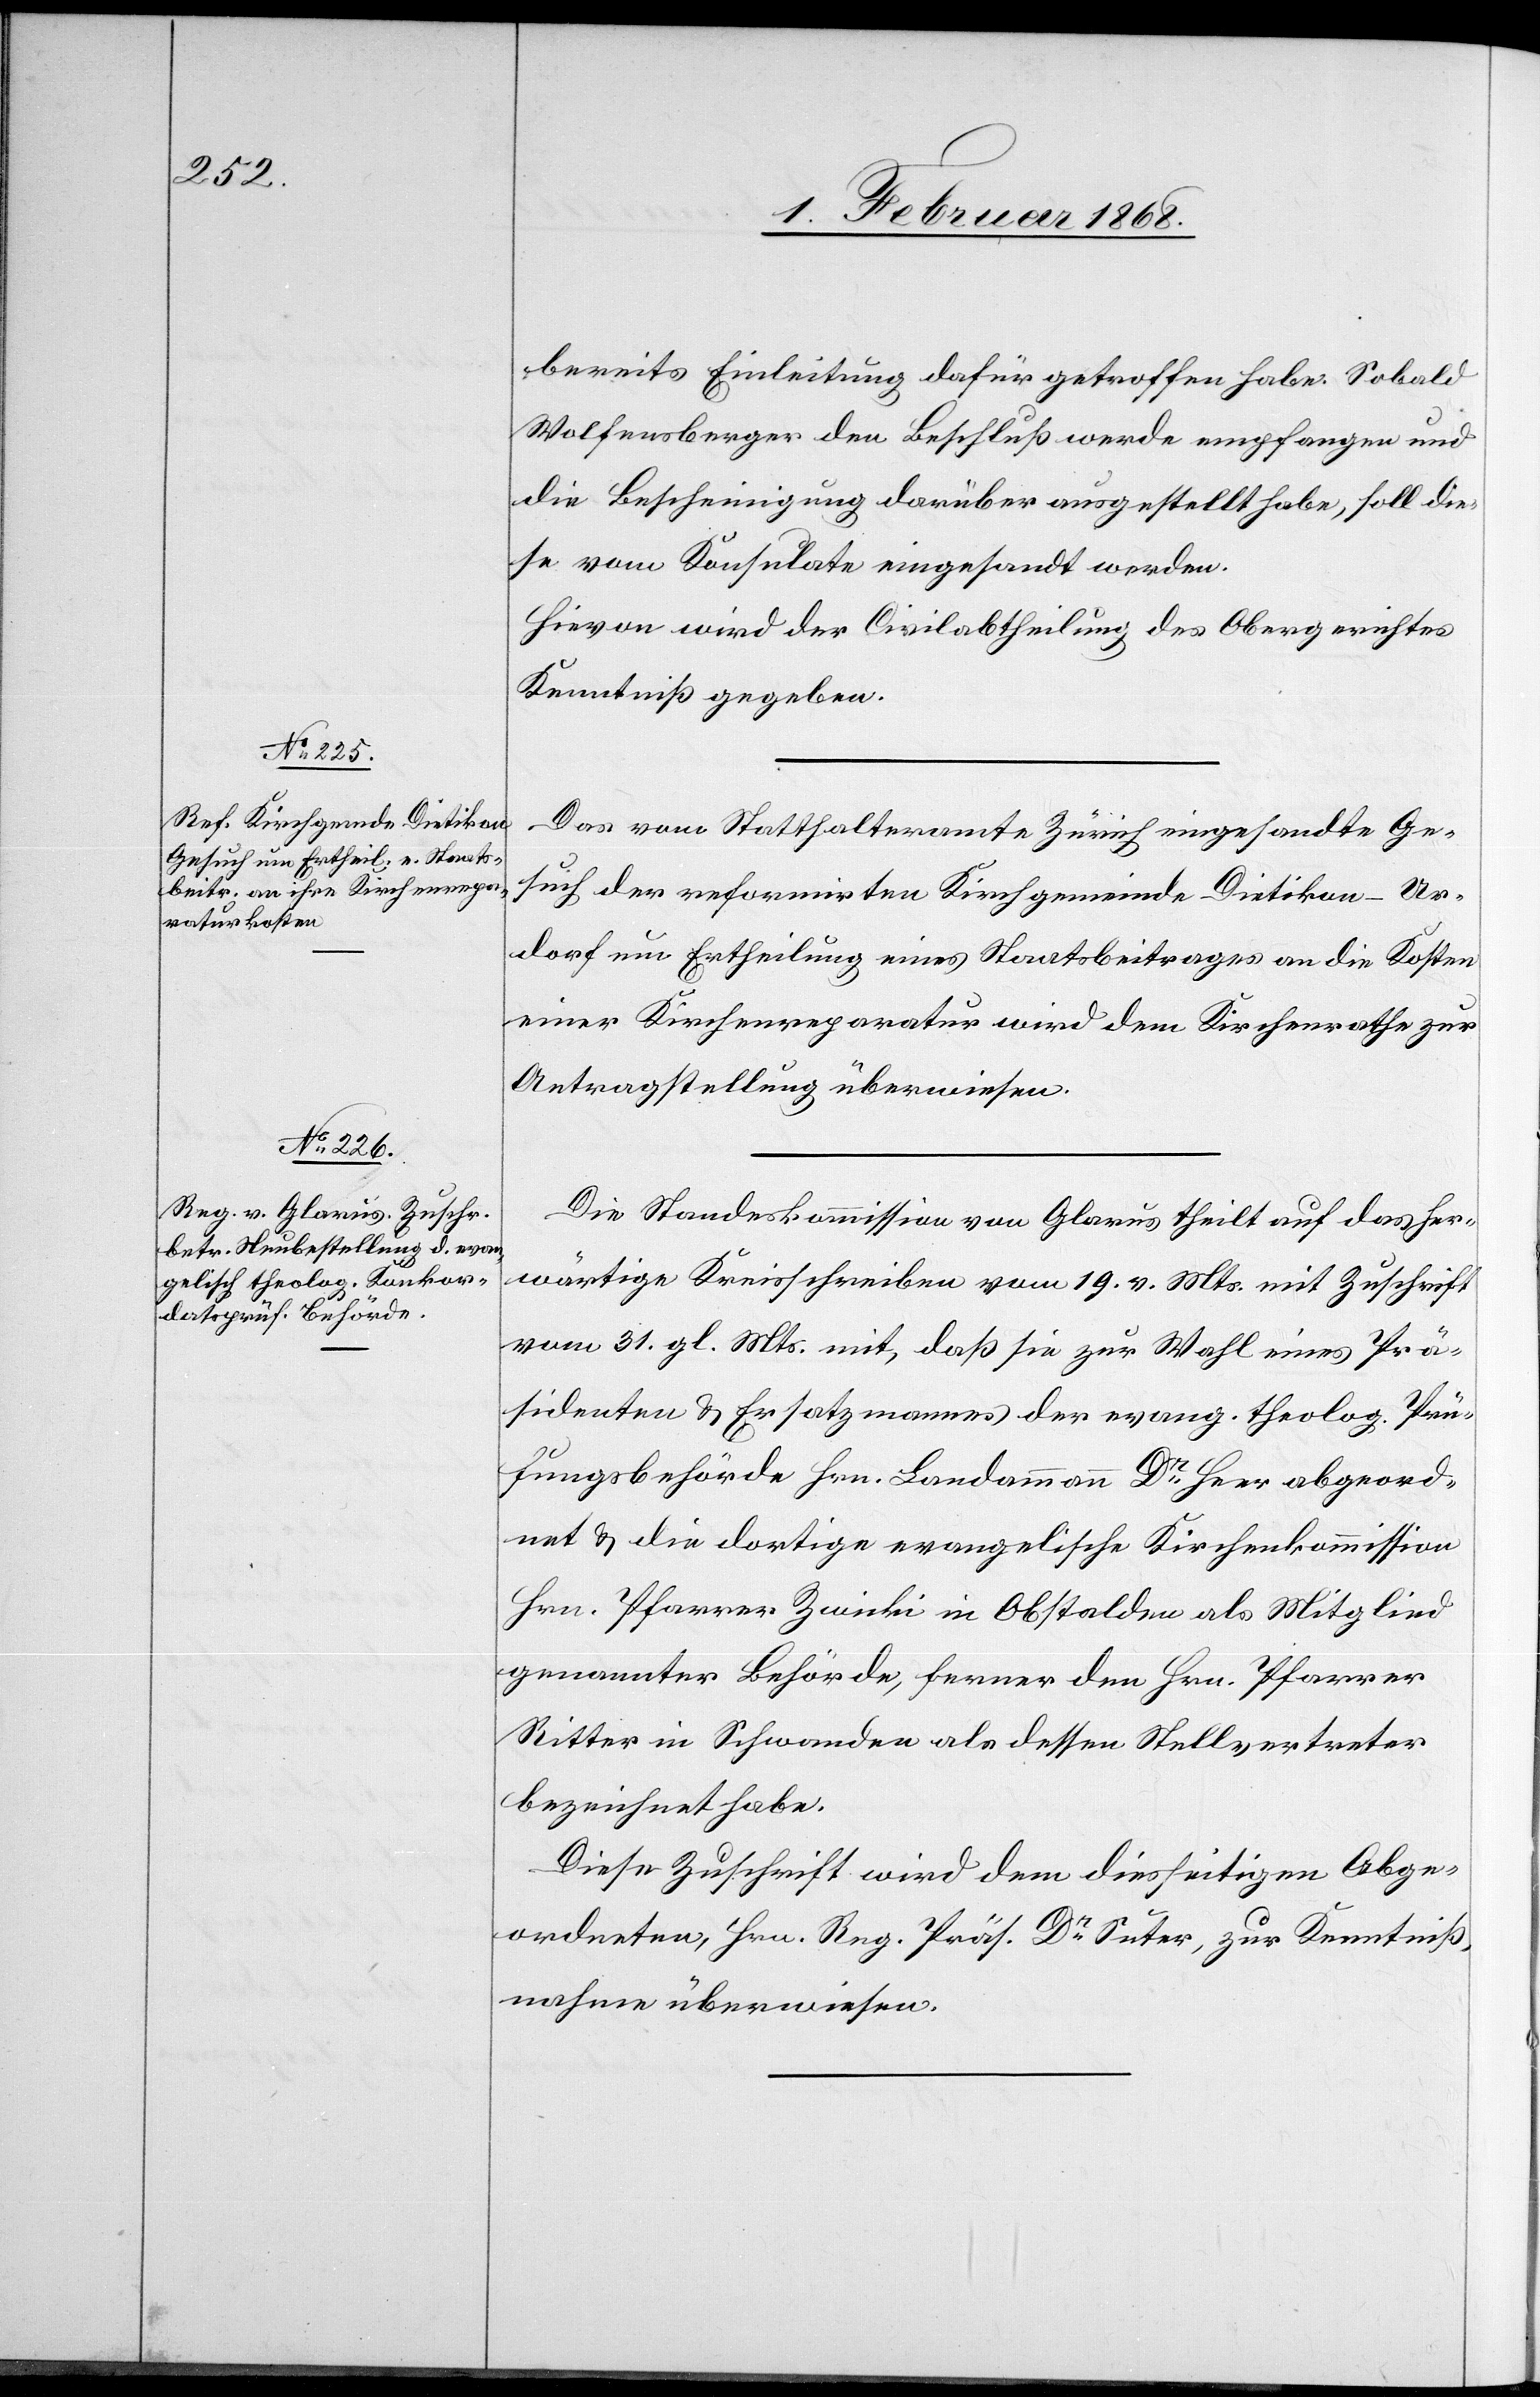
3. Februar 1868.]
bereits Einleitung dafür getroffen habe. Sobald
Wolfensberger den Beschluß werde empfangen und
die Bescheinigung darüber ausgestellt habe, soll die¬
se vom Konsulate eingesandt werden.
Hievon wird der Civilabtheilung des Obergerichtes
Kenntniß gegeben.
Das vom Statthalteramte Zürich eingesandte Ge¬
such der reformirten Kirchgemeinde Dietikon-Ur¬
dorf um Ertheilung eines Staatsbeitrages an die Kosten
einer Kirchenreparatur wird dem Kirchenrathe zur
Antragstellung überwiesen.
Die Standeskommission von Glarus theilt auf das her¬
wärtige Kreisschreiben vom 19. v. Mts. mit Zuschrift
vom 31. gl. Mts. mit, daß sie zur Wahl eines Prä¬
sidenten & Ersatzmannes der evang. theolog. Prü¬
fungsbehörde Hrn. Landammann Dr. Heer abgeord¬
net & die dortige evangelische Kirchenkommission
Hrn. Pfarrer Zwicki in Obstalden als Mitglied
genannter Behörde, ferner den Hrn. Pfarrer
Ritter in Schwanden als dessen Stellvertreter
bezeichnet habe.
Diese Zuschrift wird dem diesseitigen Abge¬
ordneten, Hrn. Reg. Präs. Dr. Suter, zur Kenntniß¬
nahme überwiesen.